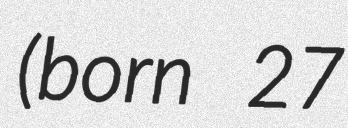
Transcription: (born 27